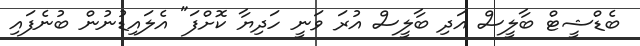
ބެޑްޝީޓް ބާލީސް އަދި ބާލީސް އުރަ ވަނީ ހަދިޔާ ކޮށްފަ" އެލައިޑުނުން ބުނެފައި